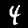
Label: 4